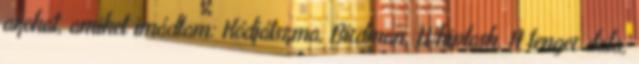
azokat, amiket imádtam: Kódjátszma, Birdman, Whiplash, A tenger dala,